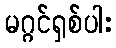
မဂ္ဂင်ရှစ်ပါး